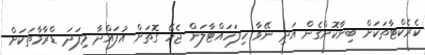
ކެރެކްޓާތަކަށް ބިނާކޮށްގެން އަދި ނޭވާ ހިފަހައްޓާލަން ޖެހޭ ގޮތަށް އުފައްދާ މިފަދަ ޑްރާމާތަކަށް